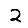
Digit: 2